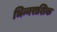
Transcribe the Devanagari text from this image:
भिन्नराशिक